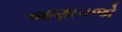
જણાવજો